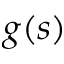
g ( s )